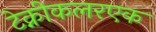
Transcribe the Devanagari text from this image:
टेक्नीकलरएक